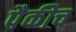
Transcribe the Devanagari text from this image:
पैकीच